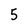
Character: 5